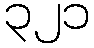
၃၂၁